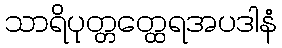
သာရိပုတ္တတ္ထေရအပဒါနံ